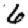
Digit: 6